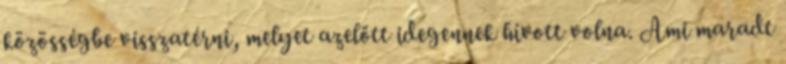
közösségbe visszatérni, melyet azelőtt idegennek hívott volna. Ami maradt